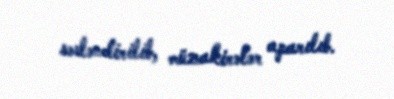
səsləndirilib, müzakirələr aparılıb.